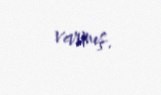
varmış.